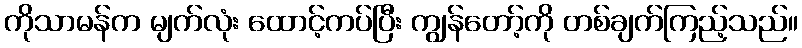
ကိုသာမန်က မျက်လုံး ထောင့်ကပ်ပြီး ကျွန်တော့်ကို တစ်ချက်ကြည့်သည်။